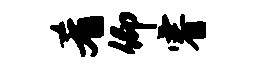
肴仰睿